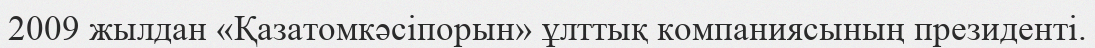
2009 жылдан «Қазатомкәсіпорын» ұлттық компаниясының президенті.